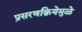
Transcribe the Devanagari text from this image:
प्रसरणक्रियेमुळे